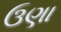
ઉણા